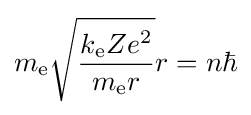
m_{\text{e}}{\sqrt {\dfrac {k_{\text{e}}Ze^{2}}{m_{\text{e}}r}}}r=n\hbar